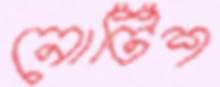
নোটিশ